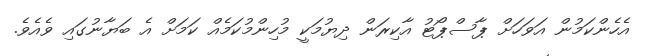
އެހެންކަމުން އަވަހަށް ޕާސްޕޯޓު އާކިރަން ދިޔުމަކީ މުހިންމުކަމެއް ކަމަށް އެ ބަޔާނުގައި ވެއެވެ.